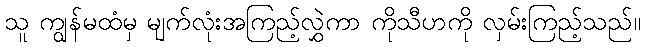
သူ ကျွန်မထံမှ မျက်လုံးအကြည့်လွှဲကာ ကိုသီဟကို လှမ်းကြည့်သည်။